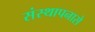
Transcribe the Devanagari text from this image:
संस्थापनासे